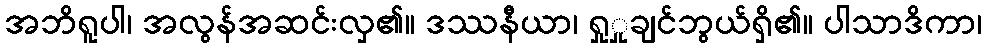
အဘိရူပါ၊ အလွန်အဆင်းလှ၏။ ဒဿနီယာ၊ ရှုှုချင်ဘွယ်ရှိ၏။ ပါသာဒိကာ၊